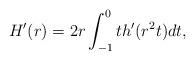
LaTeX: \begin{align*}H'(r) = 2r \int_{-1}^{0} t h'(r^2 t)dt,\end{align*}